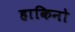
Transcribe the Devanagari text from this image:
हाकिनो